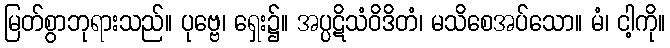
မြတ်စွာဘုရားသည်။ ပုဗ္ဗေ၊ ရှေး၌။ အပ္ပဋိသံဝိဒိတံ၊ မသိစေအပ်သော။ မံ၊ ငါ့ကို။